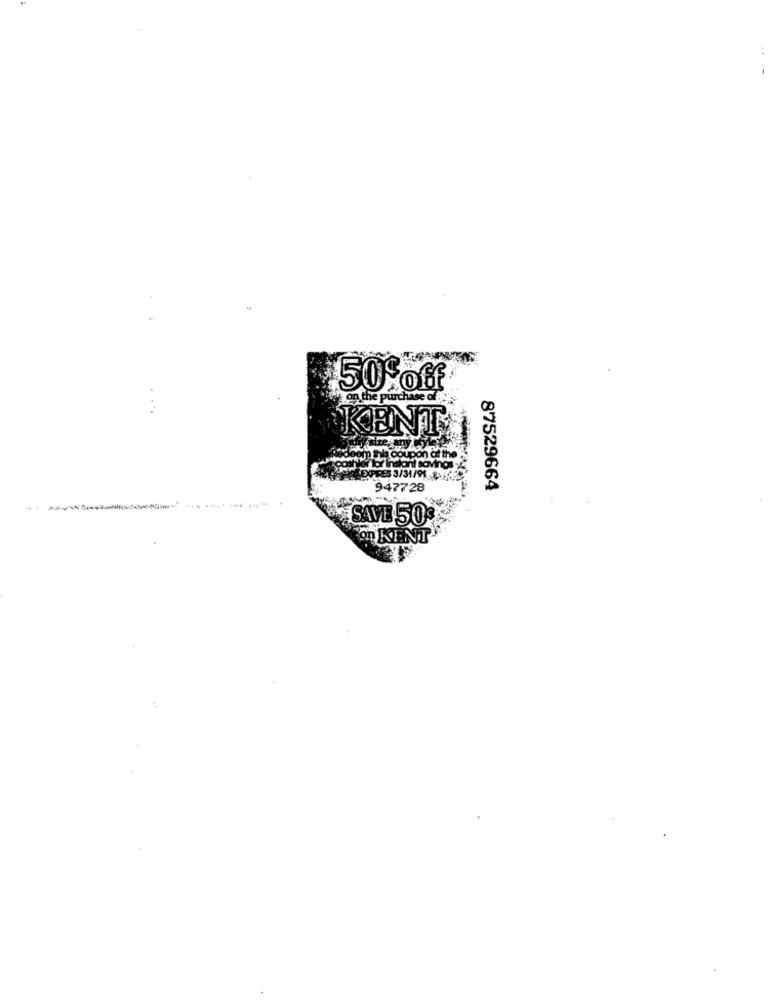
50 of
on the purchase of
KENT
com this coupon at the
War lor Instant savinos
LEXPRES 3/31/91. 11623
947728
87529664
------
SAVE 50
On KENT